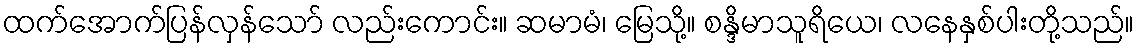
ထက်အောက်ပြန်လှန်သော် လည်းကောင်း။ ဆမာမံ၊ မြေသို့။ စန္ဒိမာသူရိယေ၊ လနေနှစ်ပါးတို့သည်။